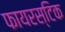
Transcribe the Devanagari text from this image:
फायरस्टिक